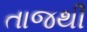
તાજથી